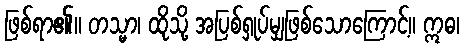
ဖြစ်ရာ၏။ တသ္မာ၊ ထိုသို့ အပြစ်ရှုပ်မျှဖြစ်သောကြောင့်။ ဣဓ၊